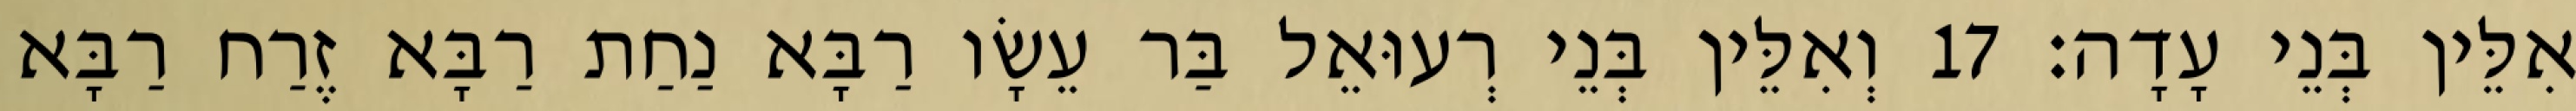
אִלֵּין בְּנֵי עָדָה׃ 17 וְאִלֵּין בְּנֵי רְעוּאֵל בַּר עֵשָׂו רַבָּא נַחַת רַבָּא זֶרַח רַבָּא